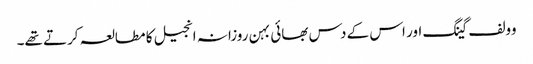
وولف گینگ اور اس کے دس بھائی بہن روزانہ انجیل کا مطالعہ کرتے تھے۔